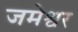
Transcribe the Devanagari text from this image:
जमेश्वर